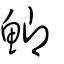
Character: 鯽